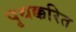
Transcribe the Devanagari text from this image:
पृथक्करित